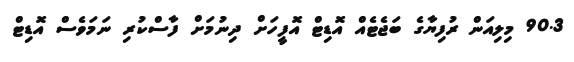
90.3 މިލިއަން ރުފިޔާގެ ބަޖެޓެއް އޮޑިޓް އޮފީހަށް ދިނުމަށް ފާސްކުރި ނަމަވެސް އޮޑިޓް